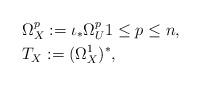
LaTeX: \begin{align*}& \Omega_X^p := \iota_* \Omega_{U}^p 1 \leq p \leq n, \\& T_X := (\Omega_X^1)^*,\end{align*}